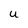
Character: U